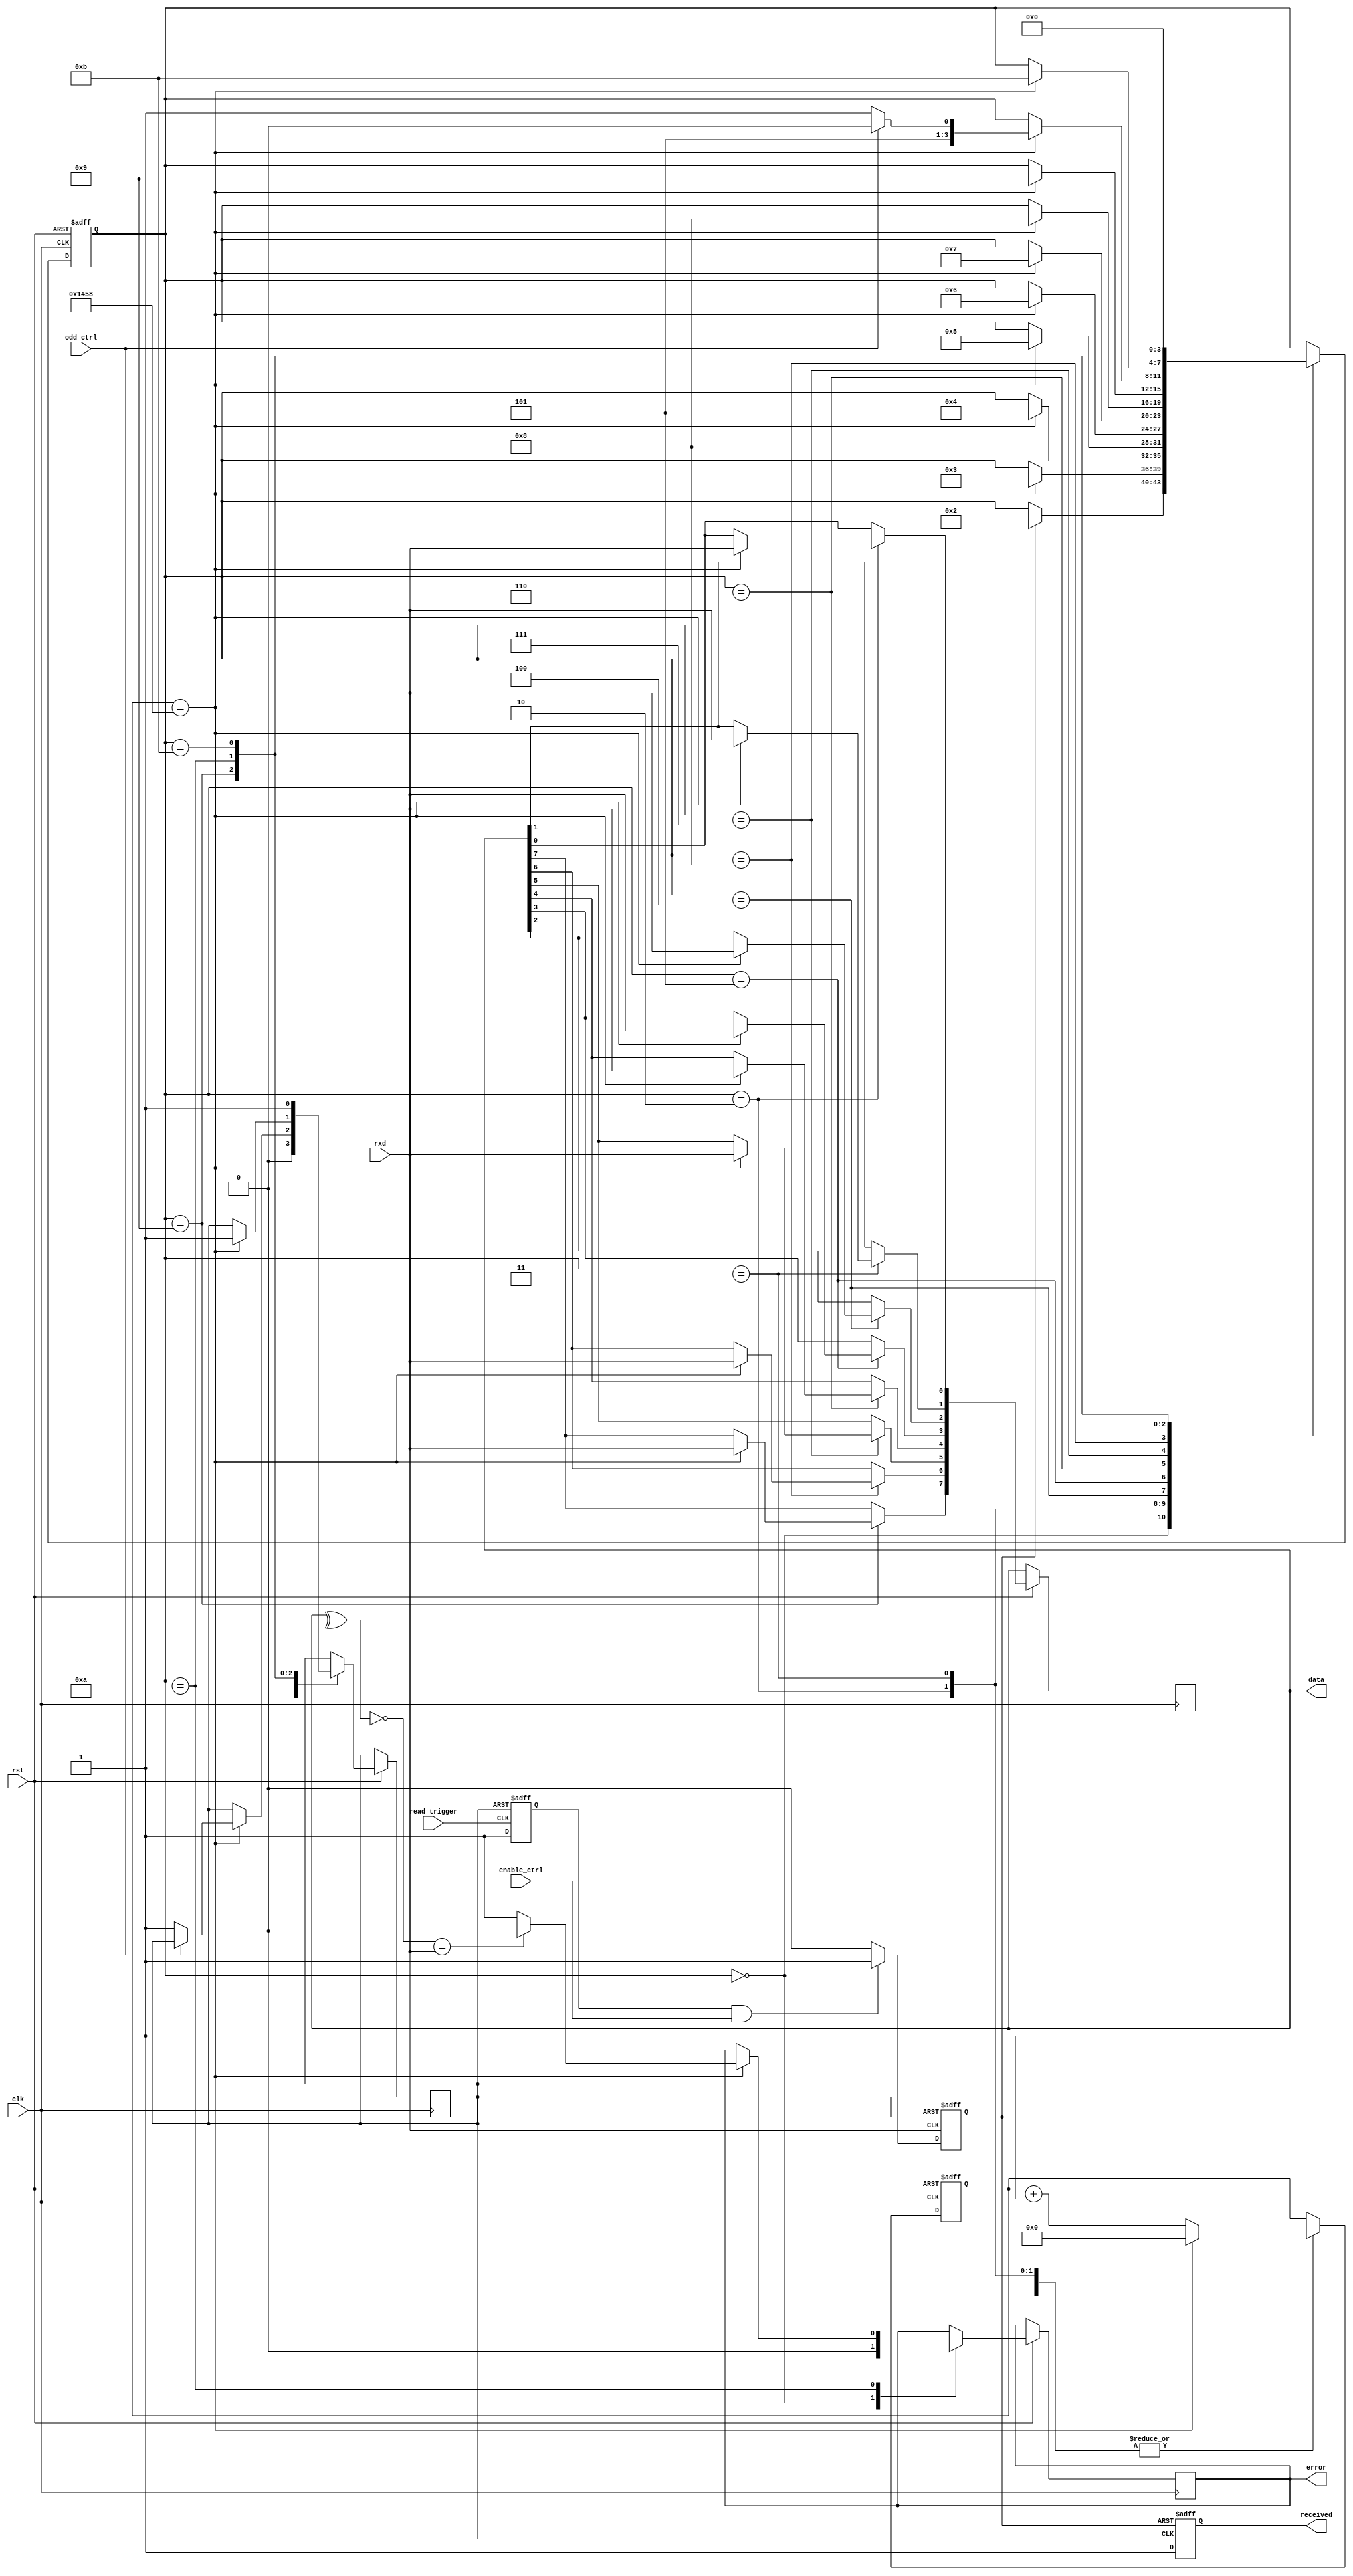
module  uart_rx_updated(
     input clk,
	  input rst,
	  input rxd,
	  input odd_ctrl,
	  input enable_ctrl,
	  input read_trigger,
	  output [7:0] data,
	  output reg error,
	  output reg received
);
parameter CLK_FRE = 50;               //(Mhz)
parameter BAUD_RATE = 9600;          //
localparam CYCLE = CLK_FRE * 1000000 / BAUD_RATE;  //

parameter S_IDLE  = 4'd0;  //
parameter S_START = 4'd1;  //
parameter S_BIT0  = 4'd2;  //
parameter S_BIT1  = 4'd3;  //
parameter S_BIT2  = 4'd4;  //
parameter S_BIT3  = 4'd5;  //
parameter S_BIT4  = 4'd6;  //
parameter S_BIT5  = 4'd7;  //
parameter S_BIT6  = 4'd8;  //
parameter S_BIT7  = 4'd9;  //
parameter S_ODD  = 4'd10;  //
parameter S_STOP  = 4'd11; //

reg[3:0]  state = S_IDLE;      //
reg[15:0] bit_timer = 16'b0;   //
reg[0:0]  read_flag = 1'b0;    //1rxd,busy_flag1
reg[0:0]  read_trigger_flag =1'b0;
reg[0:0]  received_flag;
reg[7:0]  rx_data;                   //
assign  even_bit = ^rx_data;         //
assign   odd_bit = ~even_bit;        //   
assign      data =rx_data;
assign   read_odd =odd_bit;


always@(posedge read_trigger or posedge received_flag)
begin
   if(received_flag)
	 begin
       read_trigger_flag<=1'b0;
	 end
	else
    begin
	    read_trigger_flag<=1'b1;
	 end 
end

always@(negedge rxd or posedge received_flag)
begin
   if(received_flag)
	  begin
	  read_flag<=1'b0; //received_flag1read_flag
	  end	  
	else
	   if(read_trigger_flag&&enable_ctrl)//read_flag
	    begin                            //read_flag1
	    read_flag<=1'b1;                 //
	     end
	  else
	     begin
	    read_flag<=1'b0;
	     end
end

always@(posedge read_flag or negedge received_flag)//IDLEreceived_flag
begin                                              //read_flagreceived_flag
    if(read_flag)                                 //1read_trigger_flag
	 begin                                        //read_flagreceived_flag...
		  received<=1'b0;                          //read_flagreceived_flag
		end
	 else
	   begin
		  received<=1'b1;
		end

end

always@(posedge clk or negedge rst)
begin
    if (!rst)  
	begin 
		bit_timer <= 16'd0;
		state <= S_IDLE;       
	end 
	else
	begin
	    case(state)
		S_IDLE:
		    begin
			    error<=1'b0;
			    received_flag<=1'b0;
			    if(read_flag)
				begin 
				 state <= S_BIT0;  
				end 
				 else
				begin 
				 state <= state;
				end
		    end
		S_BIT0:
		   begin   
				if (bit_timer == CYCLE)
				begin
				    bit_timer <= 16'd0;
					 state <= S_BIT1;     //
					 rx_data[0] <= rxd  ;  
				end
				else
				begin
				    bit_timer <= bit_timer + 16'd1;
					 state <= state;      //
				end
			end
			
		 S_BIT1:
		   begin
				if (bit_timer == CYCLE)
				begin
				    bit_timer <= 16'd0;
					 state <= S_BIT2;     //
					 rx_data[1] <= rxd  ;     //
				end
				else
				begin
				    bit_timer <= bit_timer + 16'd1;
					 state <= state;      //
				end
			end
			
		 S_BIT2:
		   begin
				if (bit_timer == CYCLE)
				begin
				    bit_timer <= 16'd0;
					 state <= S_BIT3;     //
			       rx_data[2] <= rxd  ;     //
				end
				else
				begin
				    bit_timer <= bit_timer + 16'd1;
					 state <= state;      //
				end
			end
			
       S_BIT3:
		   begin
				if (bit_timer == CYCLE)
				begin
				    bit_timer <= 16'd0;
					 state <= S_BIT4;     //
		          rx_data[3] <= rxd  ;     //
				end
				else
				begin
				    bit_timer <= bit_timer + 16'd1;
					 state <= state;      //
				end
			end
			
       S_BIT4:
		   begin
				if (bit_timer == CYCLE)
				begin
				    bit_timer <= 16'd0;
					 state <= S_BIT5;     //
                rx_data[4] <= rxd  ;     //
				end
				else
				begin
				    bit_timer <= bit_timer + 16'd1;
					 state <= state;      //
				end
			end
			
       S_BIT5:
		   begin
				if (bit_timer == CYCLE)
				begin
				    bit_timer <= 16'd0;
					 state <= S_BIT6;     //
		          rx_data[5] <= rxd  ;     //
				end
				else
				begin
				    bit_timer <= bit_timer + 16'd1;
					 state <= state;      //
				end
			end
			
       S_BIT6:
		   begin
				if (bit_timer == CYCLE)
				begin
				    bit_timer <= 16'd0;
					 state <= S_BIT7;     //
		          rx_data[6] <= rxd  ;     //
				end
				else
				begin
				    bit_timer <= bit_timer + 16'd1;
					 state <= state;      //
				end
			end
			
		 S_BIT7:
		   begin
				if (bit_timer == CYCLE)
				begin
				    bit_timer <= 16'd0;
			       rx_data[7] <= rxd  ;     // 
					 if(odd_ctrl)
					  begin
					    state<=S_ODD; 
					  end
					 else
					  begin
						 received_flag<=1'b1;
						 state<=S_STOP; 
					  end 
				end
				else
				begin
				    bit_timer <= bit_timer + 16'd1;
					 state <= state;      //
				end
			end
		  S_ODD:
        begin
				if (bit_timer == CYCLE)
				begin
				    bit_timer <= 16'd0;					 			 
					 if(odd_bit==rxd)
					 begin
					     error<=1'b0;
					 end
					 else
					 begin
					     error<=1'b1;			    
					 end
					 received_flag<=1'b1;
					 state <= S_STOP;     
				end
				else
				begin
				    bit_timer <= bit_timer + 16'd1;
					 state <= state;     
				end
		  end
		  S_STOP:
			begin
			  received_flag<=1'b1;
			  state <= S_IDLE; 
			end
		endcase
	end
end

endmodule